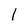
Character: l